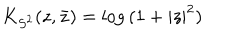
K _ { S ^ { 2 } } ( z , \bar { z } ) = \mathrm { l o g } \, ( 1 + | z | ^ { 2 } )